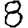
Digit: 8